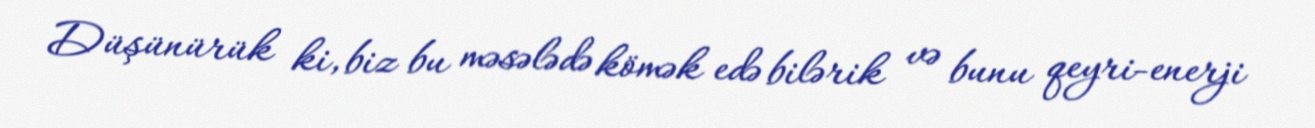
Düşünürük ki, biz bu məsələdə kömək edə bilərik və bunu qeyri-enerji